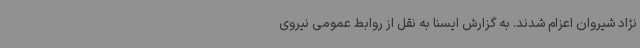
نژاد شیروان اعزام شدند. به گزارش ایسنا به نقل از روابط عمومی نیروی